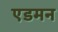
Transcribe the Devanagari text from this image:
एडमन